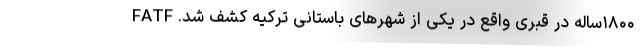
۱۸۰۰ساله در قبری واقع در یکی از شهرهای باستانی ترکیه کشف شد. FATF